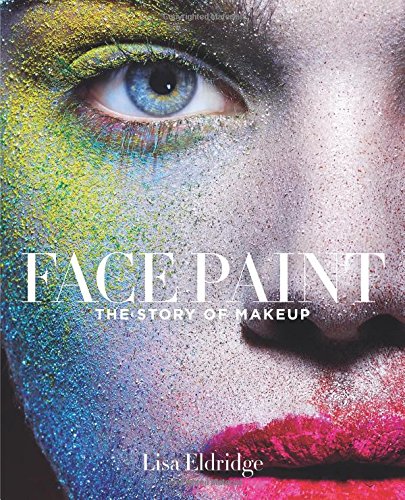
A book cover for Face Paint: The Story of Makeup; Lisa Eldridge; Arts & Photography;